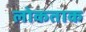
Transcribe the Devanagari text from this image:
लोकताक